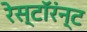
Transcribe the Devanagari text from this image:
रेस्टॉरंन्ट